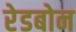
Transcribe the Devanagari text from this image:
रेडबोन